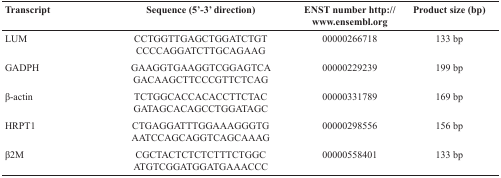
<table><thead><tr><td><b>Transcript</b></td><td><b>Sequence (5’-3’ direction)</b></td><td><b>ENST number http://www.ensembl.org</b></td><td><b>Product size (bp)</b></td></tr></thead><tbody><tr><td>LUM</td><td>CCTGGTTGAGCTGGATCTGTCCCCAGGATCTTGCAGAAG</td><td>00000266718</td><td>133 bp</td></tr><tr><td>GADPH</td><td>GAAGGTGAAGGTCGGAGTCAGACAAGCTTCCCGTTCTCAG</td><td>00000229239</td><td>199 bp</td></tr><tr><td>β-actin</td><td>TCTGGCACCACACCTTCTACGATAGCACAGCCTGGATAGC</td><td>00000331789</td><td>169 bp</td></tr><tr><td>HRPT1</td><td>CTGAGGATTTGGAAAGGGTGAATCCAGCAGGTCAGCAAAG</td><td>00000298556</td><td>156 bp</td></tr><tr><td>β2M</td><td>CGCTACTCTCTCTTTCTGGCATGTCGGATGGATGAAACCC</td><td>00000558401</td><td>133 bp</td></tr></tbody></table>